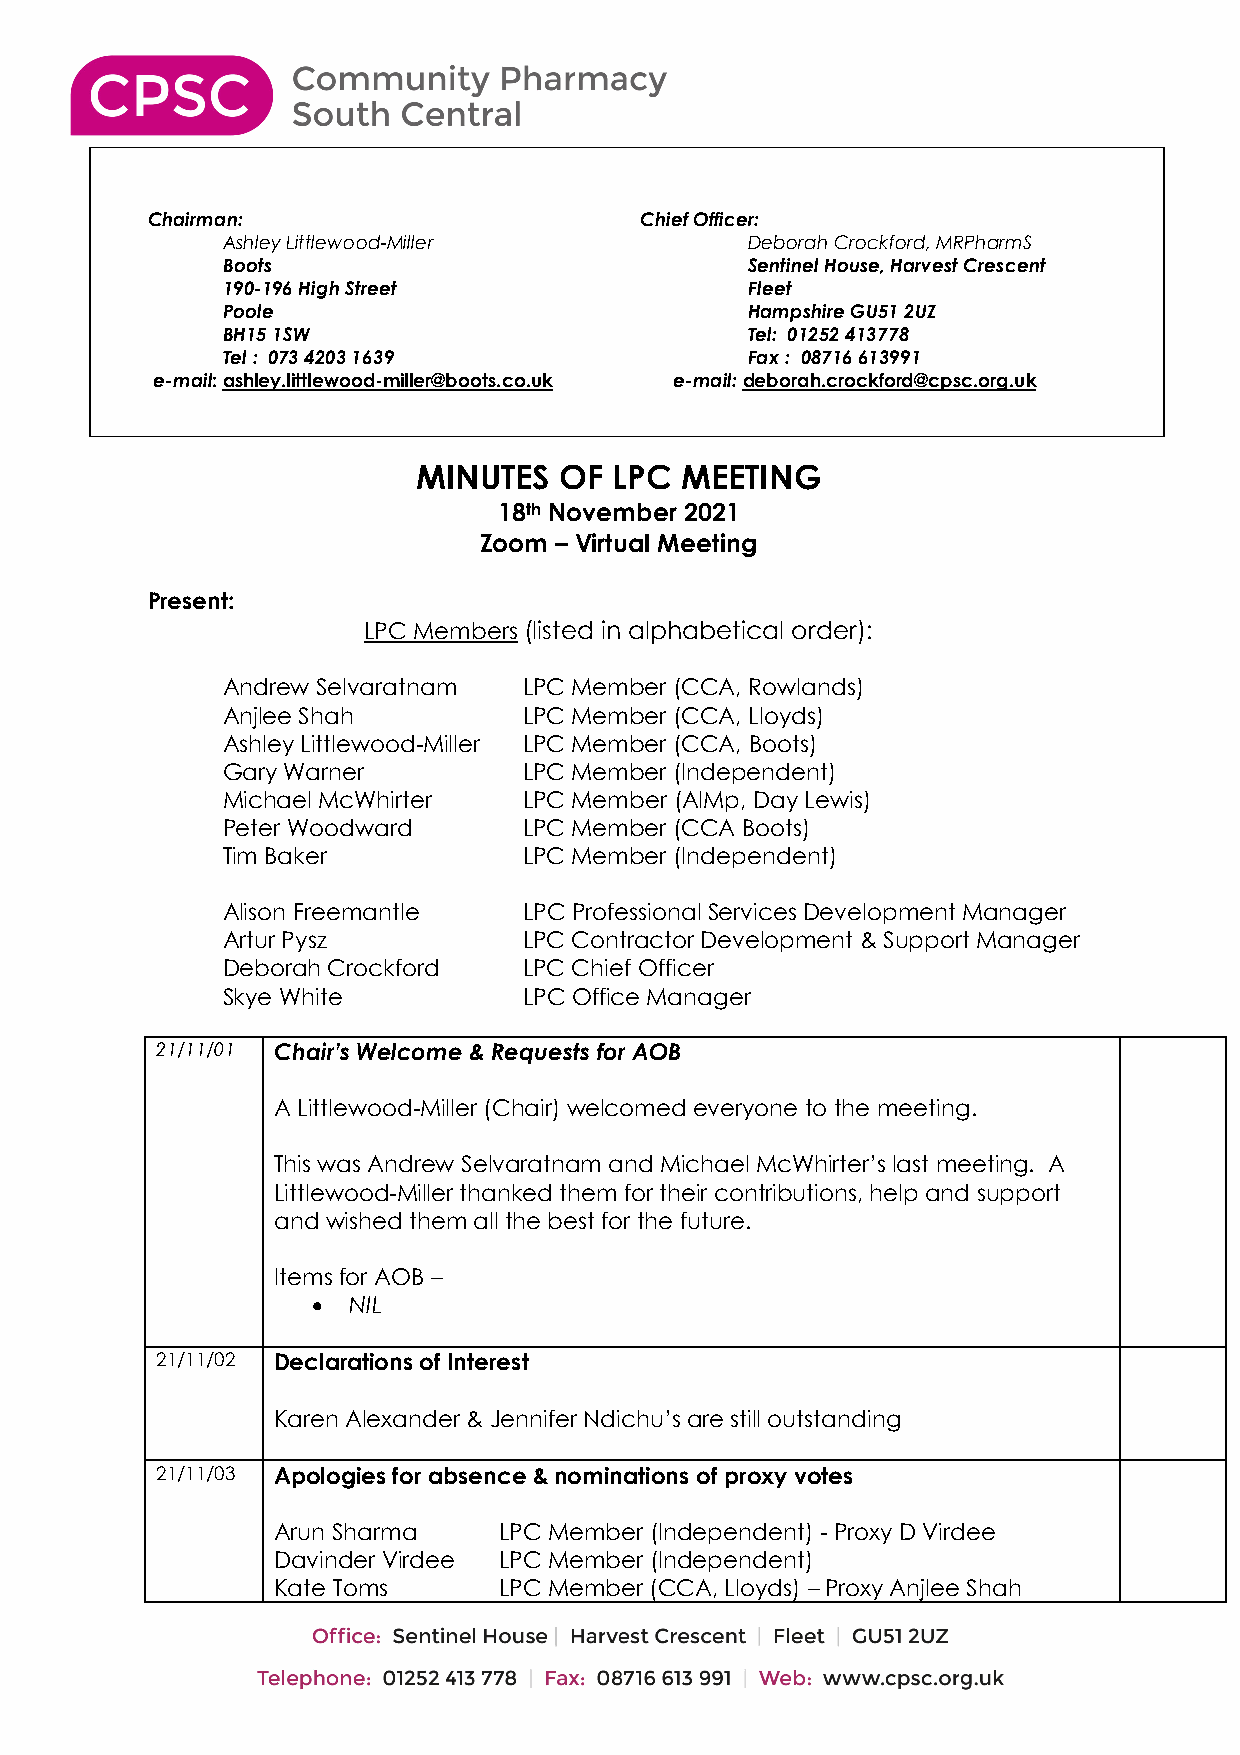
Chairman:                       Chief Officer:
 Ashley Littlewood-Miller           Deborah Crockford, MRPharmS
 Boots                              Sentinel House, Harvest Crescent
 190-196 High Street                Fleet
 Poole                              Hampshire GU51 2UZ
 BH15 1SW                           Tel: 01252 413778
 Tel : 073 4203 1639                Fax : 08716 613991
 e-mail: ashley.littlewood-miller@boots.co.uk e-mail: deborah.crockford@cpsc.org.uk
 MINUTES  OF  LPC MEETING
 18th November 2021
 Zoom – Virtual Meeting
 Present:
 LPC Members (listed in alphabetical order):
 Andrew Selvaratnam  LPC Member (CCA, Rowlands)
 Anjlee Shah         LPC Member (CCA, Lloyds)
 Ashley Littlewood-Miller LPC Member (CCA, Boots)
 Gary Warner         LPC Member (Independent)
 Michael McWhirter   LPC Member (AIMp, Day Lewis)
 Peter Woodward      LPC Member (CCA Boots)
 Tim Baker           LPC Member (Independent)
 Alison Freemantle   LPC Professional Services Development Manager
 Artur Pysz          LPC Contractor Development & Support Manager
 Deborah Crockford   LPC Chief Officer
 Skye White          LPC Office Manager
 21/11/01 Chair’s Welcome & Requests for AOB
 A Littlewood-Miller (Chair) welcomed everyone to the meeting.
 This was Andrew Selvaratnam and Michael McWhirter’s last meeting. A
 Littlewood-Miller thanked them for their contributions, help and support
 and wished them all the best for the future.
 Items for AOB –
 • NIL
 21/11/02 Declarations of Interest
 Karen Alexander & Jennifer Ndichu’s are still outstanding
 21/11/03 Apologies for absence & nominations of proxy votes
 Arun Sharma    LPC Member (Independent) - Proxy D Virdee
 Davinder Virdee LPC Member (Independent)
 Kate Toms      LPC Member (CCA, Lloyds) – Proxy Anjlee Shah